Civil Veterinary Department. Madras. Admin. report 1926-33 - 1926-1933
Year: 1926
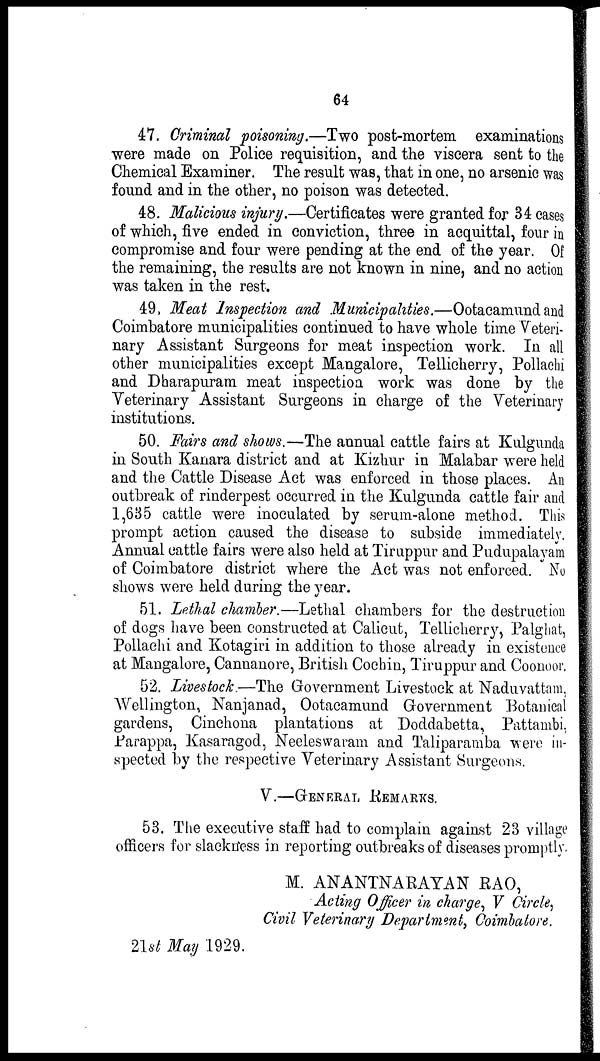
64
47. Criminal poisoning.—Two post-mortem examinations
were made on Police requisition, and the viscera sent to the
Chemical Examiner. The result was, that in one, no arsenic was
found and in the other, no poison was detected.
48. Malicious injury.—Certificates were granted for 34 cases
of which, five ended in conviction, three in acquittal, four in
compromise and four were pending at the end of the year. Of
the remaining, the results are not known in nine, and no action
was taken in the rest.
49. Meat Inspection and Municipalities.—Ootacamund and
Coimbatore municipalities continued to have whole time Veteri-
nary Assistant Surgeons for meat inspection work. In all
other municipalities except Mangalore, Tellicherry, Pollaehi
and Dharapuram meat inspection work was done by the
Veterinary Assistant Surgeons in charge of the Veterinary
institutions.
50. Fairs and shows.—The annual cattle fairs at Kulgunda
in South Kanara district and at Kizhur in Malabar were held
and the Cattle Disease Act was enforced in those places. An
outbreak of rinderpest occurred in the Kulgunda cattle fair and
1,635 cattle were inoculated by serum-alone method. This
prompt action caused the disease to subside immediately.
Annual cattle fairs were also held at Tiruppur and Pudupalayam
of Coimbatore district where the Act was not enforced. No
shows were held during the year.
51. Lethal chamber.—Lethal chambers for the destruction
of dogs have been constructed at Calicut, Tellicherry, Palghat,
Pollachi and Kotagiri in addition to those already in existence
at Mangalore, Cannanore, British Cochin, Tiruppur and Coonoor.
52. Livestock.—The Government Livestock at Naduvattam,
Wellington, Nanjanad, Ootaeamund Government Botanical
gardens, Cinchona plantations at Doddabetta, Pattambi,
Parappa, Kasaragod, Neeleswaram, and Taliparamba were in-
spected by the respective Veterinary Assistant Surgeons.
V.—GENERAL REMARKS.
53. The executive staff had to complain against 23 village
officers for slackness in reporting outbreaks of diseases promptly.
M. ANANTNARAYAN RAO,
Acting Officer in charge, V Circle,
Civil Veterinary Department, Coimbatore.
21st May 1929.